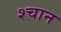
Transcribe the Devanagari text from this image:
श्चान